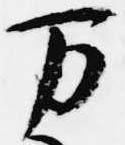
万